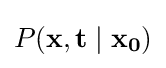
P(\mathbf {x} ,\mathbf {t} \mid \mathbf {x_{0}} )